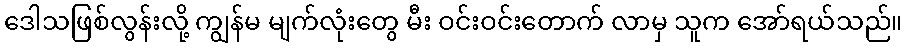
ဒေါသဖြစ်လွန်းလို့ ကျွန်မ မျက်လုံးတွေ မီး ဝင်းဝင်းတောက် လာမှ သူက အော်ရယ်သည်။